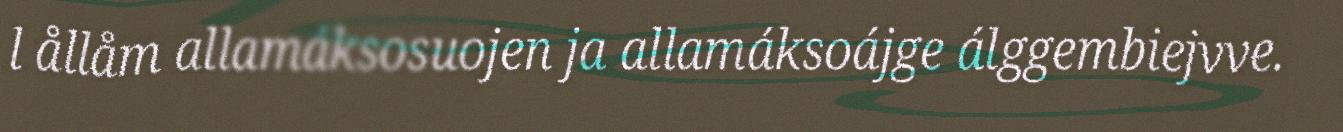
l ållåm allamáksosuojen ja allamáksoájge álggembiejvve.